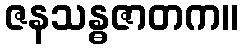
ဇနသန္ဓဇာတက။